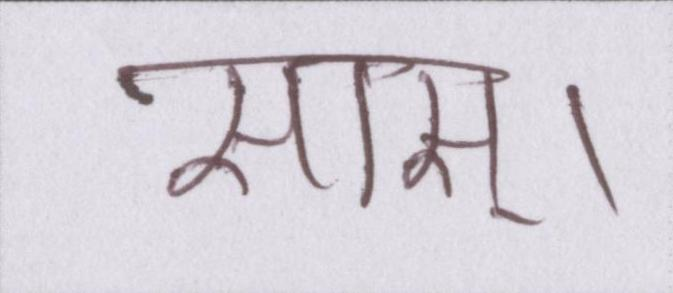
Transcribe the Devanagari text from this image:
सास्।